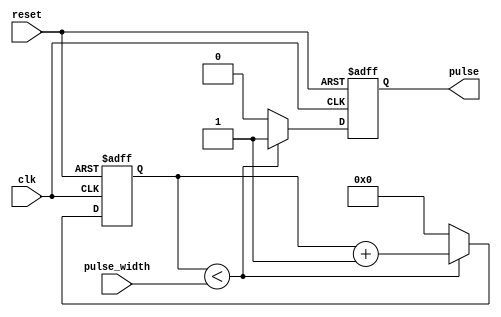
module PulseWidthGenerator (
    input wire clk,
    input wire reset,
    input wire [7:0] pulse_width,
    output reg pulse
);

reg [7:0] counter;

always @(posedge clk or posedge reset) begin
    if (reset) begin
        pulse <= 0;
        counter <= 0;
    end else begin
        if (counter < pulse_width) begin
            pulse <= 1;
            counter <= counter + 1;
        end else begin
            pulse <= 0;
            counter <= 0;
        end
    end
end

endmodule